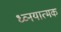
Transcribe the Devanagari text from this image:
ध्व्नयात्मक